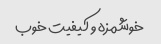
خوشمزه و کیفیت خوب